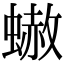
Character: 𧐭